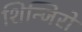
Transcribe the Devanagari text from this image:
शिन्जिरो